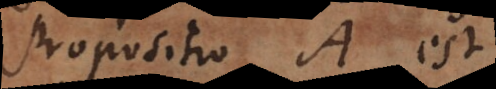
Propositio A est